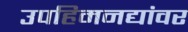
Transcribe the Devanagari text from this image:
उपहिमनद्यांवर